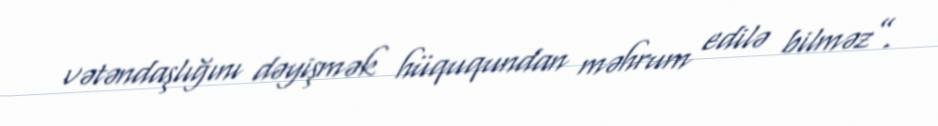
vətəndaşlığını dəyişmək hüququndan məhrum edilə bilməz”.